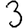
Digit: 3